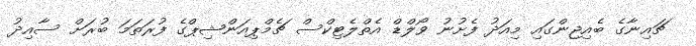
ޗައިނާގެ ބެއިޖިންގައި މިއަދު ފެށުނު ވޯލްޑް އެތްލެޓިކްސް ޗެމްޕިއަންޝިޕްގެ ފުރަތަމަ ބުރަށް ސާއިދު